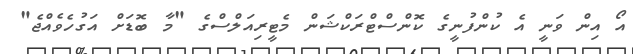
އޯ އިން ވަނީ އެ ކުންފުނީގެ ކޮންސްޓްރަކްޝަން މެޓީރިއަލްސްގެ "މާ ބޮޑަށް އަގުހެވެއްޖެ"